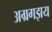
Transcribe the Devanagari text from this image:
अग्रगझय